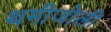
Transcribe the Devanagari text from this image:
थमीजोली